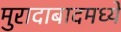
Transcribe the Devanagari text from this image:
मुरादाबादमध्ये